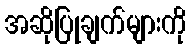
အဆိုပြုချက်များကို